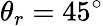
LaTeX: \theta_{r}=45^{\circ}